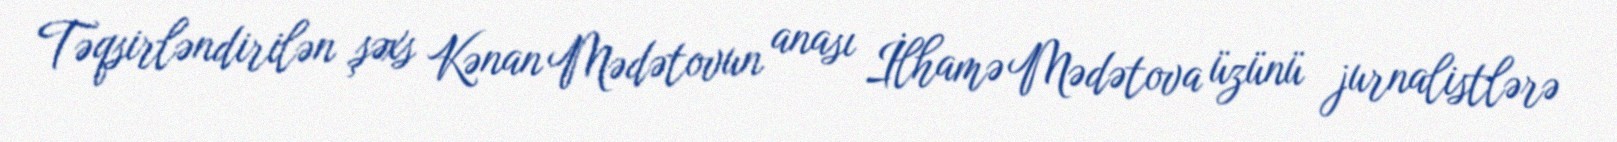
Təqsirləndirilən şəxs Kənan Mədətovun anası İlhamə Mədətova üzünü jurnalistlərə